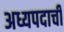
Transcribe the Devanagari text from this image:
अध्यपदाची